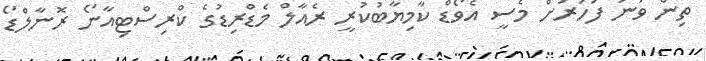
ތިން ވަނަ ފަހަރަށް މެސީ އެވޯޑް ކާމިޔާބުކުރީ ރެއާލް މެޑްރިޑުގެ ކްރިސްޓިއާނޯ ރޮނާލްޑޯ